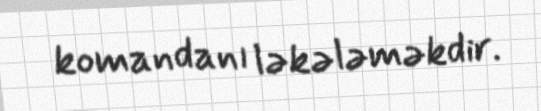
komandanı ləkələməkdir.